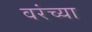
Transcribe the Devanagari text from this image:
वरंच्या